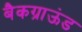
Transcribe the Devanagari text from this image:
बैकग्राऊंड